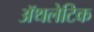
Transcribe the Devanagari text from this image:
अॅथलेटिक